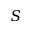
S